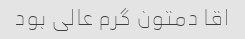
اقا دمتون گرم عالی بود